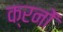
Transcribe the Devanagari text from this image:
क्रनों